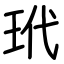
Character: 玳